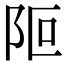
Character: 𨸭